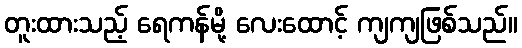
တူးထားသည့် ရေကန်မို့ လေးထောင့် ကျကျဖြစ်သည်။